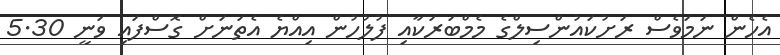
އެހެން ނަމަވެސް ރަށުކައުންސިލްގެ މެމްބަރަކާއި ފުލުހުން އިއްޔެ އެތަނަށް ގޮސްފައި ވަނީ 5.30